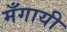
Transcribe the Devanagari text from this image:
मँगायी